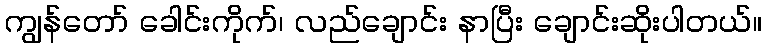
ကျွန်တော် ခေါင်းကိုက်၊ လည်ချောင်း နာပြီး ချောင်းဆိုးပါတယ်။